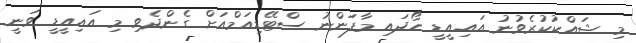
މި ޝައްކުކުރެވުނު އައިއީޑީ ހޯދައި މާފަންނު ސްޓޭޑިއަމްއަށް ގެންދެވި މި އައިއީޑީ ވަނީ